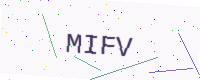
Text: MIFV